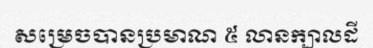
សម្រេចបានប្រមាណ ៥ លានក្បាលដី